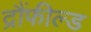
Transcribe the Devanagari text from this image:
द्रौंफील्ड